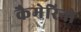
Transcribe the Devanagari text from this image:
कैमेरिनो